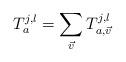
LaTeX: \begin{align*}T_a^{j, l}=\sum_{\vec{v}}T_{a, \vec{v}}^{j, l}\end{align*}